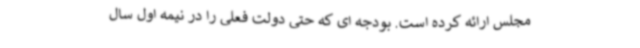
مجلس ارائه کرده است. بودجه ای که حتی دولت فعلی را در نیمه اول سال